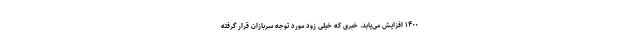
۱۴۰۰ افزایش می‌یابد. خبری که خیلی زود مورد توجه سربازان قرار گرفته